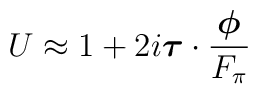
U\approx 1+ 2i\mbox{\boldmath${\tau}$}\cdot \frac{\mbox{\boldmath$\phi$}}{F_\pi}